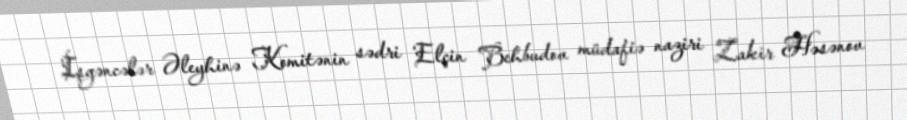
İşgəncələr Əleyhinə Komitənin sədri Elçin Behbudov müdafiə naziri Zakir Həsənov